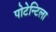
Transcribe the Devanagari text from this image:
पोटेन्टिला